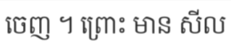
ចេញ ។ ព្រោះ មាន សីល